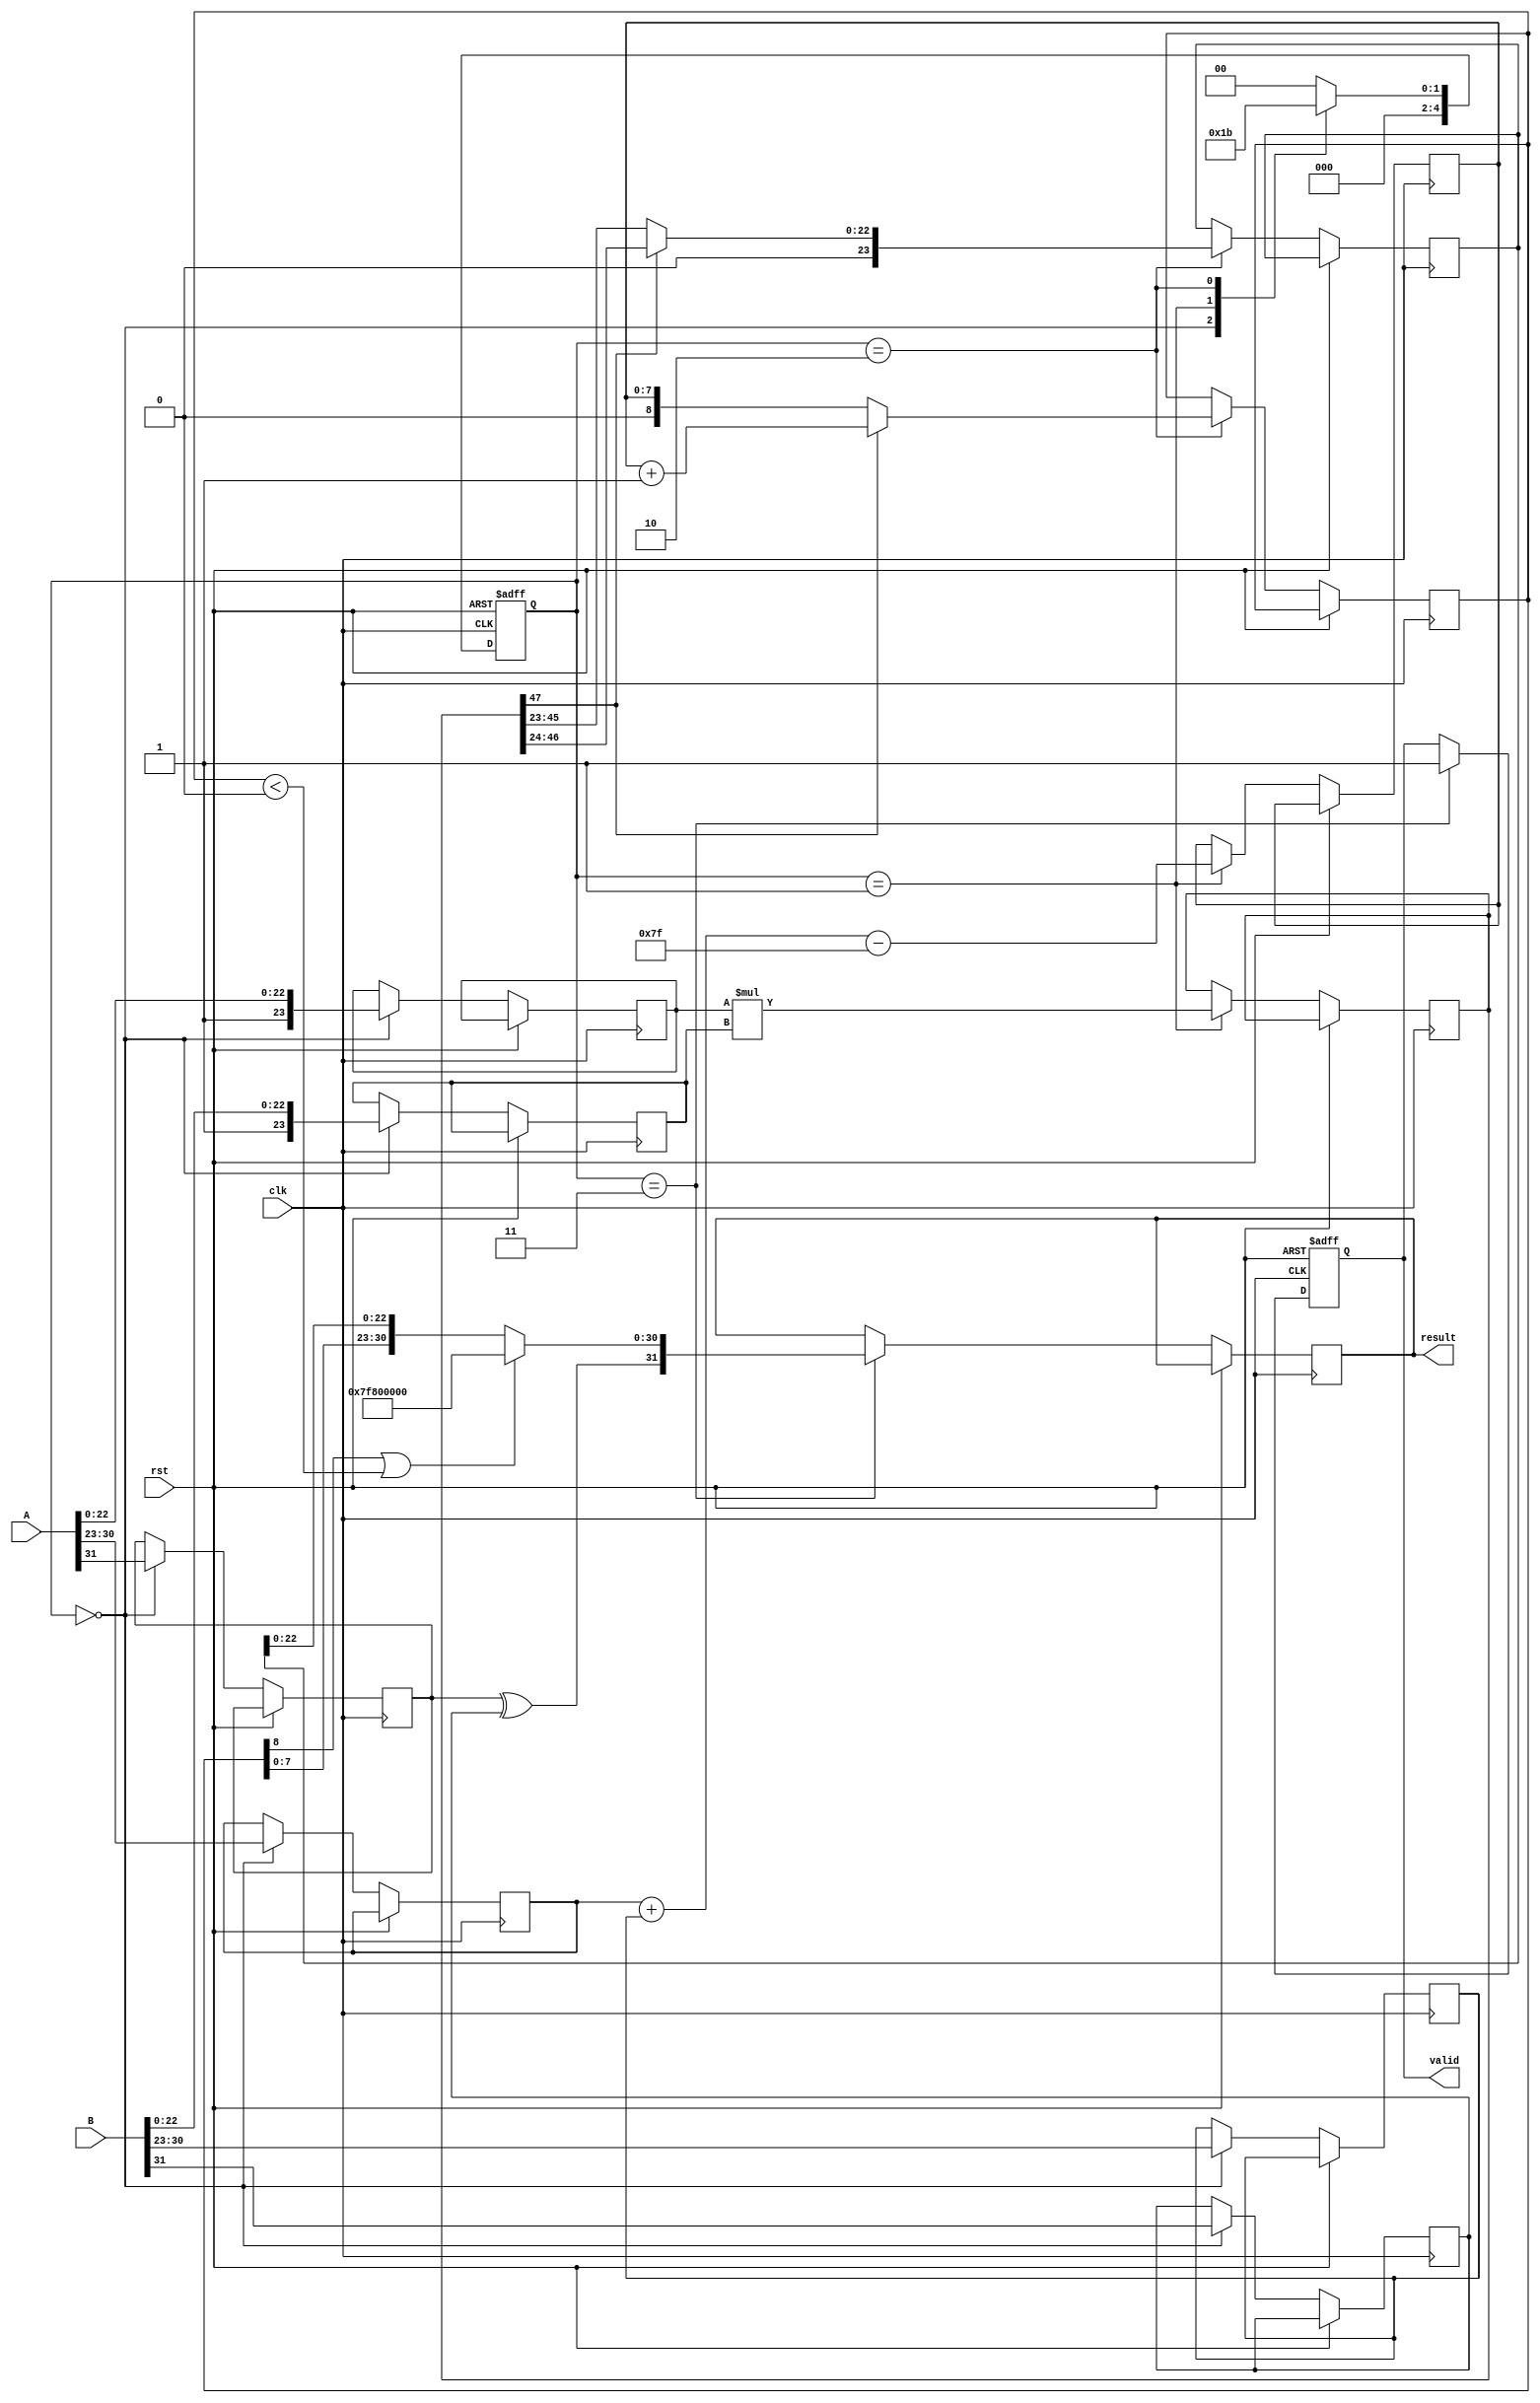
module FP_Multiplier (
    input wire [31:0] A,
    input wire [31:0] B,
    input wire clk,
    input wire rst,
    output reg [31:0] result,
    output reg valid
);

// Constants for IEEE 754
parameter EXPONENT_BIAS = 127; // Bias for single precision
parameter EXPONENT_WIDTH = 8;
parameter MANTISSA_WIDTH = 23;
parameter MANTISSA_SIZE = 24; // Including implicit leading 1

// Internal signals for each stage
reg sign_a, sign_b;
reg [EXPONENT_WIDTH-1:0] exp_a, exp_b, exp_result;
reg [MANTISSA_SIZE-1:0] mant_a, mant_b, mant_result;
reg [MANTISSA_SIZE*2-1:0] product; // Double the mantissa size for multiplication
reg [MANTISSA_SIZE-1:0] normalized_mant;
reg [EXPONENT_WIDTH:0] exp_normalized; // To hold possible overflow
reg [4:0] stage; // Pipeline stage indicator

// Stage 1: Decompose inputs
always @(posedge clk or posedge rst) begin
    if (rst) begin
        stage <= 0;
        valid <= 0;
    end else begin
        case(stage)
            0: begin
                sign_a <= A[31];
                sign_b <= B[31];
                exp_a <= A[30:23];
                exp_b <= B[30:23];
                mant_a <= {1'b1, A[22:0]}; // Add implicit leading 1 for normalized numbers
                mant_b <= {1'b1, B[22:0]}; // Add implicit leading 1 for normalized numbers
                stage <= 1; // Move to next stage
            end
            
            // Stage 2: Calculate result sign and exponent
            1: begin
                exp_result <= exp_a + exp_b - EXPONENT_BIAS; // Calculate exponent
                product <= mant_a * mant_b; // Stage 3, perform mantissa multiplication
                stage <= 2;
            end
            
            // Stage 3: Mantissa Multiplication (product is ready here)
            2: begin
                // Normalization check and shift
                if (product[MANTISSA_SIZE*2-1]) begin
                    normalized_mant <= product[MANTISSA_SIZE*2-2:MANTISSA_SIZE]; // Right shift if overflow
                    exp_normalized <= exp_result + 1; // Increment exponent if shifted
                end else begin
                    normalized_mant <= product[MANTISSA_SIZE*2-3:MANTISSA_SIZE-1]; // No shift
                    exp_normalized <= exp_result;
                end
                stage <= 3; // Move to normalization
            end
            
            // Stage 4: Normalize the mantissa
            3: begin
                // Check for denormalization or overflow
                if (exp_normalized[EXPONENT_WIDTH] || exp_normalized < 0) begin
                    // Handle overflow to infinity (all bits zero)
                    result <= {sign_a ^ sign_b, 8'b11111111, 23'b0}; // Result is Inf
                end else begin
                    // Pack result
                    result <= {sign_a ^ sign_b, exp_normalized[EXPONENT_WIDTH-1:0], normalized_mant[MANTISSA_SIZE-2:0]};
                end
                valid <= 1; // Indicate result is valid
                stage <= 0; // Reset to process next input
            end
            
            default: stage <= 0;
        endcase
    end
end

endmodule